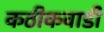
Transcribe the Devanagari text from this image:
कठीकवाडी